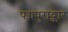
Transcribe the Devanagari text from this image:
पद्मपुराद्कार